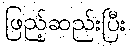
ဖြည့်ဆည်းပြီး